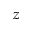
z